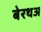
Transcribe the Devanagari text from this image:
बेरथअ